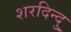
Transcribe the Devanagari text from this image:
शरदिन्दु